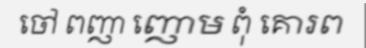
ចៅ ពញា ញោម ពុំ គោរព